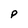
Character: P